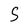
Character: S